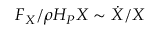
F _ { X } / \rho H _ { P } X \sim \dot { X } / X